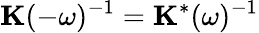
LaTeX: \mathbf{K}(-\omega)^{-1}=\mathbf{K}^{*}(\omega)^{-1}